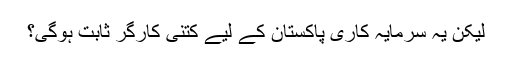
لیکن یہ سرمایہ کاری پاکستان کے لیے کتنی کارگر ثابت ہوگی؟